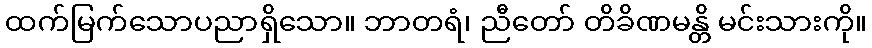
ထက်မြက်သောပညာရှိသော။ ဘာတရံ၊ ညီတော် တိခိဏမန္တိ မင်းသားကို။